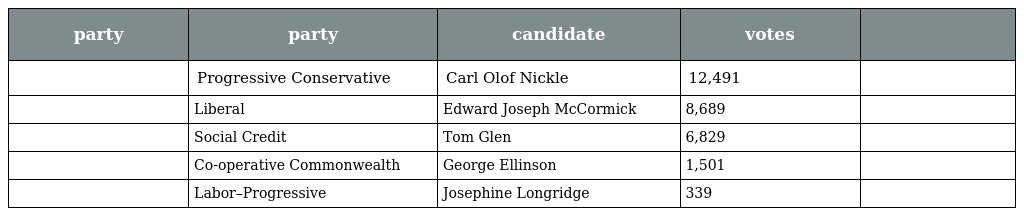
| party | party | candidate | votes |  |
 | --- | --- | --- | --- | --- |
 |  | Progressive Conservative | Carl Olof Nickle | 12,491 |  |
 |  | Liberal | Edward Joseph McCormick | 8,689 |  |
 |  | Social Credit | Tom Glen | 6,829 |  |
 |  | Co-operative Commonwealth | George Ellinson | 1,501 |  |
 |  | Labor–Progressive | Josephine Longridge | 339 |  |